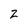
Character: z